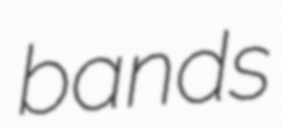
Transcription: bands